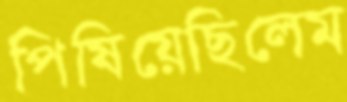
পিষিয়েছিলেম